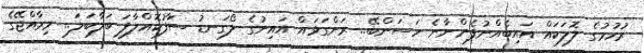
ރުހުމުގެ ލޮލަކައް އައިބެއްނުފެންނާނެ ހަސަންބޭ.. ރަންގަޅައް އައިނުގެ ލޯގަނޑު ސަާފުކޮއްލާފަ ބަލާބަލަ.. މިރާއްޖޭގެ